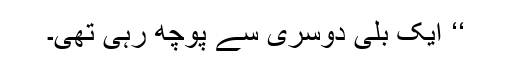
‘‘ ایک بلّی دوسری سے پوچھ رہی تھی۔